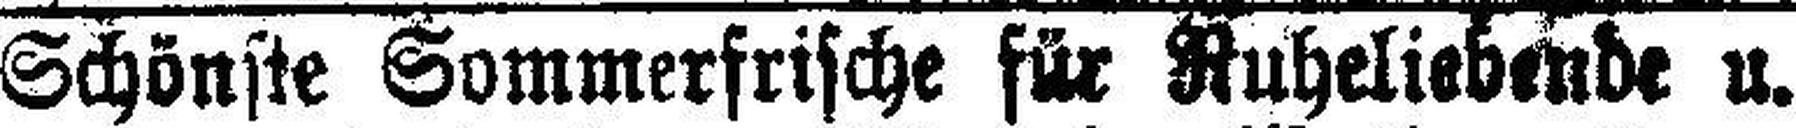
Schönste Sommerfrische für Ruheliebende u. Re